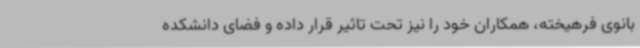
بانوی فرهیخته، همکاران خود را نیز تحت تاثیر قرار داده و فضای دانشکده